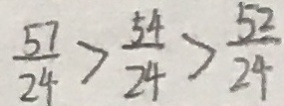
\frac { 5 7 } { 2 4 } > \frac { 5 4 } { 2 4 } > \frac { 5 2 } { 2 4 }